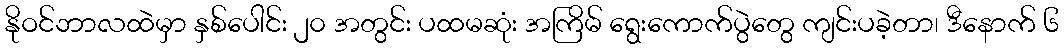
နိုဝင်ဘာလထဲမှာ နှစ်ပေါင်း ၂၀ အတွင်း ပထမဆုံး အကြိမ် ရွေးကောက်ပွဲတွေ ကျင်းပခဲ့တာ၊ ဒီနောက် ၆